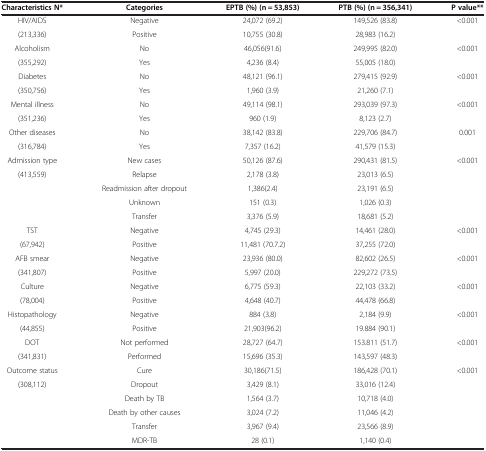
<table><thead><tr><td><b>Characteristics N*</b></td><td><b>Categories</b></td><td><b>EPTB (%) (n = 53,853)</b></td><td><b>PTB (%) (n = 356,341)</b></td><td><b>P value**</b></td></tr></thead><tbody><tr><td>HIV/AIDS</td><td>Negative</td><td>24,072 (69.2)</td><td>149,526 (83.8)</td><td>&lt;0.001</td></tr><tr><td>(213,336)</td><td>Positive</td><td>10,755 (30.8)</td><td>28,983 (16.2)</td><td> </td></tr><tr><td>Alcoholism</td><td>No</td><td>46,056(91.6)</td><td>249,995 (82.0)</td><td>&lt;0.001</td></tr><tr><td>(355,292)</td><td>Yes</td><td>4,236 (8.4)</td><td>55,005 (18.0)</td><td> </td></tr><tr><td>Diabetes</td><td>No</td><td>48,121 (96.1)</td><td>279,415 (92.9)</td><td>&lt;0.001</td></tr><tr><td>(350,756)</td><td>Yes</td><td>1,960 (3.9)</td><td>21,260 (7.1)</td><td> </td></tr><tr><td>Mental illness</td><td>No</td><td>49,114 (98.1)</td><td>293,039 (97.3)</td><td>&lt;0.001</td></tr><tr><td>(351,236)</td><td>Yes</td><td>960 (1.9)</td><td>8,123 (2.7)</td><td> </td></tr><tr><td>Other diseases</td><td>No</td><td>38,142 (83.8)</td><td>229,706 (84.7)</td><td>0.001</td></tr><tr><td>(316,784)</td><td>Yes</td><td>7,357 (16.2)</td><td>41,579 (15.3)</td><td> </td></tr><tr><td>Admission type</td><td>New cases</td><td>50,126 (87.6)</td><td>290,431 (81.5)</td><td>&lt;0.001</td></tr><tr><td>(413,559)</td><td>Relapse</td><td>2,178 (3.8)</td><td>23,013 (6.5)</td><td> </td></tr><tr><td> </td><td>Readmission after dropout</td><td>1,386(2.4)</td><td>23,191 (6.5)</td><td> </td></tr><tr><td> </td><td>Unknown</td><td>151 (0.3)</td><td>1,026 (0.3)</td><td> </td></tr><tr><td> </td><td>Transfer</td><td>3,376 (5.9)</td><td>18,681 (5.2)</td><td> </td></tr><tr><td>TST</td><td>Negative</td><td>4,745 (29.3)</td><td>14,461 (28.0)</td><td>&lt;0.001</td></tr><tr><td>(67,942)</td><td>Positive</td><td>11,481 (70.7.2)</td><td>37,255 (72.0)</td><td> </td></tr><tr><td>AFB smear</td><td>Negative</td><td>23,936 (80.0)</td><td>82,602 (26.5)</td><td>&lt;0.001</td></tr><tr><td>(341,807)</td><td>Positive</td><td>5,997 (20.0)</td><td>229,272 (73.5)</td><td> </td></tr><tr><td>Culture</td><td>Negative</td><td>6,775 (59.3)</td><td>22,103 (33.2)</td><td>&lt;0.001</td></tr><tr><td>(78,004)</td><td>Positive</td><td>4,648 (40.7)</td><td>44,478 (66.8)</td><td> </td></tr><tr><td>Histopathology</td><td>Negative</td><td>884 (3.8)</td><td>2,184 (9.9)</td><td>&lt;0.001</td></tr><tr><td>(44,855)</td><td>Positive</td><td>21,903(96.2)</td><td>19.884 (90.1)</td><td> </td></tr><tr><td>DOT</td><td>Not performed</td><td>28,727 (64.7)</td><td>153.811 (51.7)</td><td>&lt;0.001</td></tr><tr><td>(341,831)</td><td>Performed</td><td>15,696 (35.3)</td><td>143,597 (48.3)</td><td> </td></tr><tr><td>Outcome status</td><td>Cure</td><td>30,186(71.5)</td><td>186,428 (70.1)</td><td>&lt;0.001</td></tr><tr><td>(308,112)</td><td>Dropout</td><td>3,429 (8.1)</td><td>33,016 (12.4)</td><td> </td></tr><tr><td> </td><td>Death by TB</td><td>1,564 (3.7)</td><td>10,718 (4.0)</td><td> </td></tr><tr><td> </td><td>Death by other causes</td><td>3,024 (7.2)</td><td>11,046 (4.2)</td><td> </td></tr><tr><td> </td><td>Transfer</td><td>3,967 (9.4)</td><td>23,566 (8.9)</td><td> </td></tr><tr><td> </td><td>MDR-TB</td><td>28 (0.1)</td><td>1,140 (0.4)</td><td> </td></tr></tbody></table>